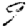
Digit: 9